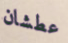
عطشان